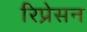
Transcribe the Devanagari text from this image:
रिप्रेसन